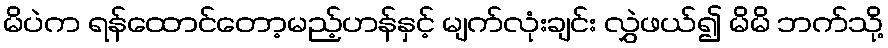
မိပဲက ရန်ထောင်တော့မည့်ဟန်နှင့် မျက်လုံးချင်း လွှဲဖယ်၍ မိမိ ဘက်သို့